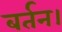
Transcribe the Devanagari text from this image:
बर्तन।